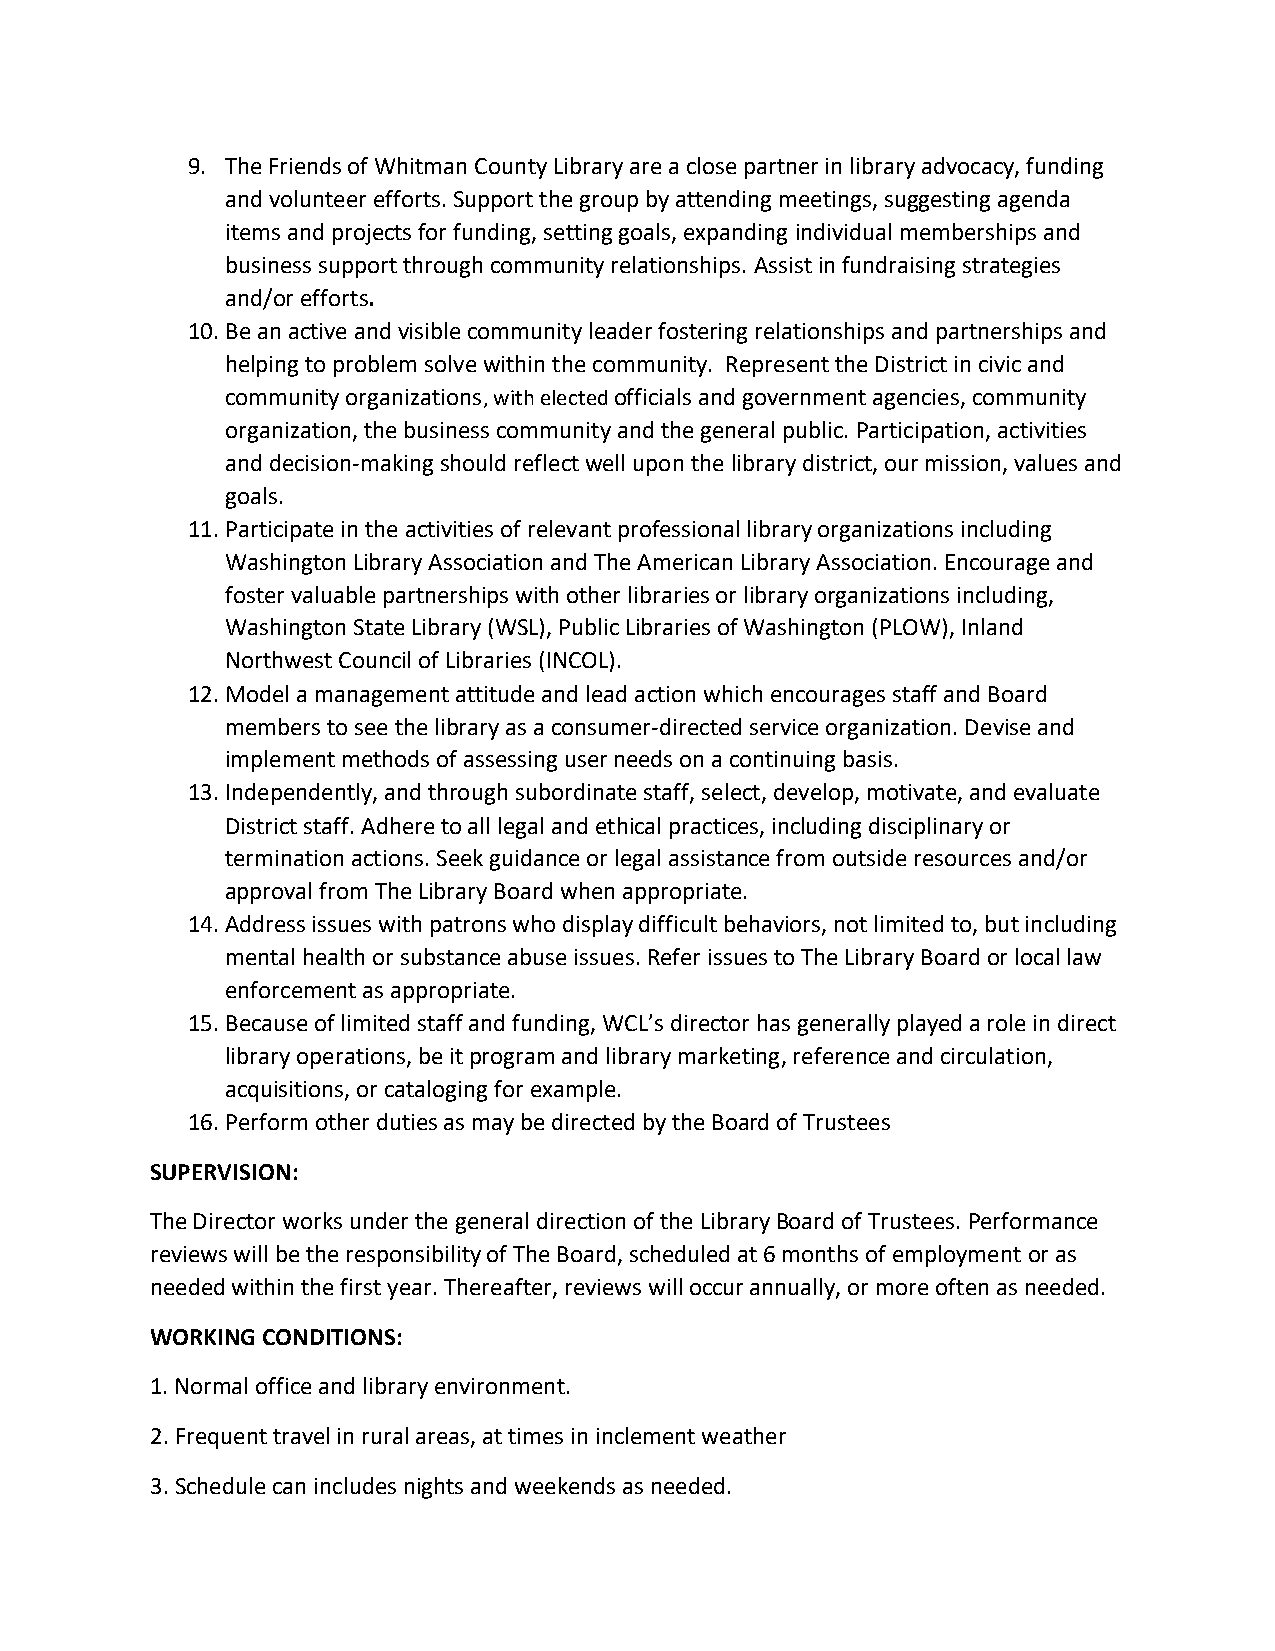
9. The Friends of Whitman County Library are a close partner in library advocacy, funding
 and volunteer efforts. Support the group by attending meetings, suggesting agenda
 items and projects for funding, setting goals, expanding individual memberships and
 business support through community relationships. Assist in fundraising strategies
 and/or efforts.
 10. Be an active and visible community leader fostering relationships and partnerships and
 helping to problem solve within the community. Represent the District in civic and
 community organizations, with elected officials and government agencies, community
 organization, the business community and the general public. Participation, activities
 and decision-making should reflect well upon the library district, our mission, values and
 goals.
 11. Participate in the activities of relevant professional library organizations including
 Washington Library Association and The American Library Association. Encourage and
 foster valuable partnerships with other libraries or library organizations including,
 Washington State Library (WSL), Public Libraries of Washington (PLOW), Inland
 Northwest Council of Libraries (INCOL).
 12. Model a management attitude and lead action which encourages staff and Board
 members to see the library as a consumer-directed service organization. Devise and
 implement methods of assessing user needs on a continuing basis.
 13. Independently, and through subordinate staff, select, develop, motivate, and evaluate
 District staff. Adhere to all legal and ethical practices, including disciplinary or
 termination actions. Seek guidance or legal assistance from outside resources and/or
 approval from The Library Board when appropriate.
 14. Address issues with patrons who display difficult behaviors, not limited to, but including
 mental health or substance abuse issues. Refer issues to The Library Board or local law
 enforcement as appropriate.
 15. Because of limited staff and funding, WCL’s director has generally played a role in direct
 library operations, be it program and library marketing, reference and circulation,
 acquisitions, or cataloging for example.
 16. Perform other duties as may be directed by the Board of Trustees
 SUPERVISION:
 The Director works under the general direction of the Library Board of Trustees. Performance
 reviews will be the responsibility of The Board, scheduled at 6 months of employment or as
 needed within the first year. Thereafter, reviews will occur annually, or more often as needed.
 WORKING CONDITIONS:
 1. Normal office and library environment.
 2. Frequent travel in rural areas, at times in inclement weather
 3. Schedule can includes nights and weekends as needed.